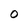
Character: O